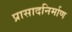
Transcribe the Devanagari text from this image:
प्रासादनिर्माण